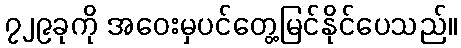
၇၂၉ခုကို အဝေးမှပင်တွေ့မြင်နိုင်ပေသည်။